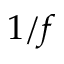
1 / f